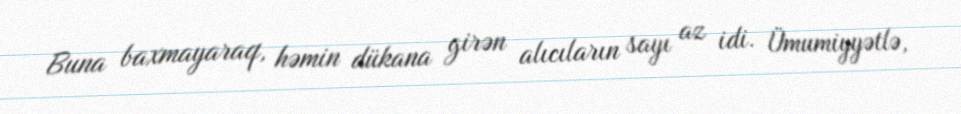
Buna baxmayaraq, həmin dükana girən alıcıların sayı az idi. Ümumiyyətlə,